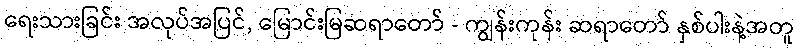
ရေးသားခြင်း အလုပ်အပြင်, မြောင်းမြဆရာတော် - ကျွန်းကုန်း ဆရာတော် နှစ်ပါးနဲ့အတူ